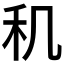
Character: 𬓠